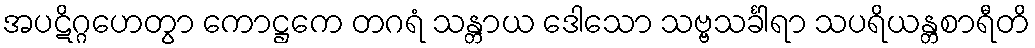
အပဋိဂ္ဂဟေတွာ ကောဋ္ဌကေ တဂရံ သန္တာယ ဒေါသော သဗ္ဗသင်္ခါရာ သပရိယန္တစာရီတိ